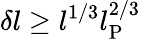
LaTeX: \delta l\ge l^{1/3}l_{\mathrm{P}}^{2/3}